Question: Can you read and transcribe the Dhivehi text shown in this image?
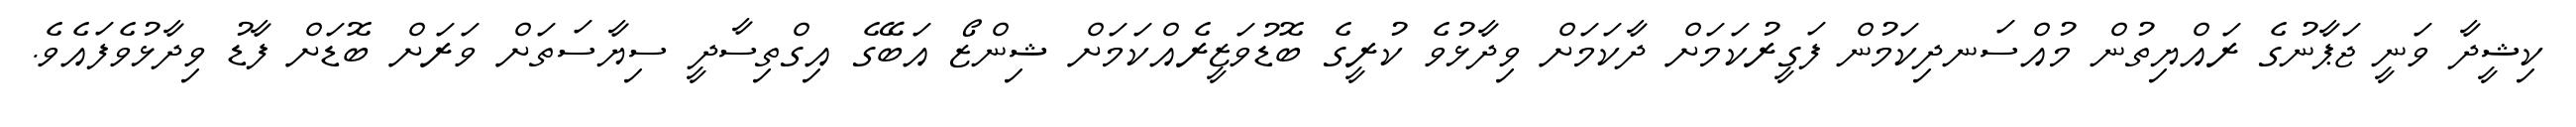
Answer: ކިޝީދާ ވަނީ ޖަޕާނުގެ ރައްޔިތުން މުއްސަނދިކަމުން ފަގީރުކަމަށް ދާކަމަށް ވިދާޅުވެ ކުރީގެ ބޮޑުވަޒީރެއްކަމަށް ޝިންޒޯ އަބޭގެ އިގްތިސާދީ ސިޔާސަތަށް ވަރަށް ބޮޑަށް ފާޑު ވިދާޅުވެފައެވެ.